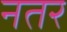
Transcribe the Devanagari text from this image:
नतर